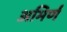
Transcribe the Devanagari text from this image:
अभिर्ण